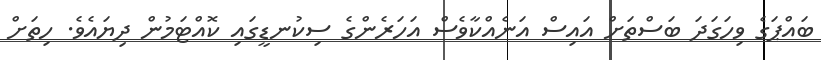
ބައްޕަގެ ވިހަގަދަ ބަސްތަށް އައިސް އަނެއްކާވެސް އަހަރެންގެ ސިކުނޑީގައި ކޮއްޓަމުން ދިޔައެވެ. ހިތަށް